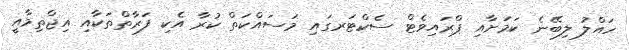
ހައްލު ލިބޭނެ ކަމަށާއި ޕްރައިވެޓް ސެކްޓަރގައި މަސައްކަތް ކުރާ އެކި ފަރާތްތަކާއި އިޖްތިމާއީ